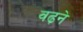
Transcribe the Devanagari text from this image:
वढ़ने